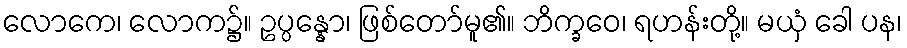
လောကေ၊ လောက၌။ ဥပ္ပန္နော၊ ဖြစ်တော်မူ၏။ ဘိက္ခဝေ၊ ရဟန်းတို့။ မယှံ ခေါ ပန၊